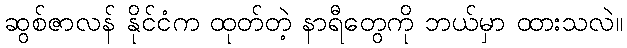
ဆွစ်ဇာလန် နိုင်ငံက ထုတ်တဲ့ နာရီတွေကို ဘယ်မှာ ထားသလဲ။